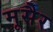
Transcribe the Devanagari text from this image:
मूसैर